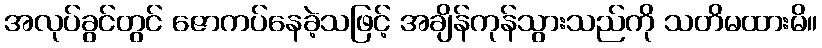
အလုပ်ခွင်တွင် ဇောကပ်နေခဲ့သဖြင့် အချိန်ကုန်သွားသည်ကို သတိမထားမိ။